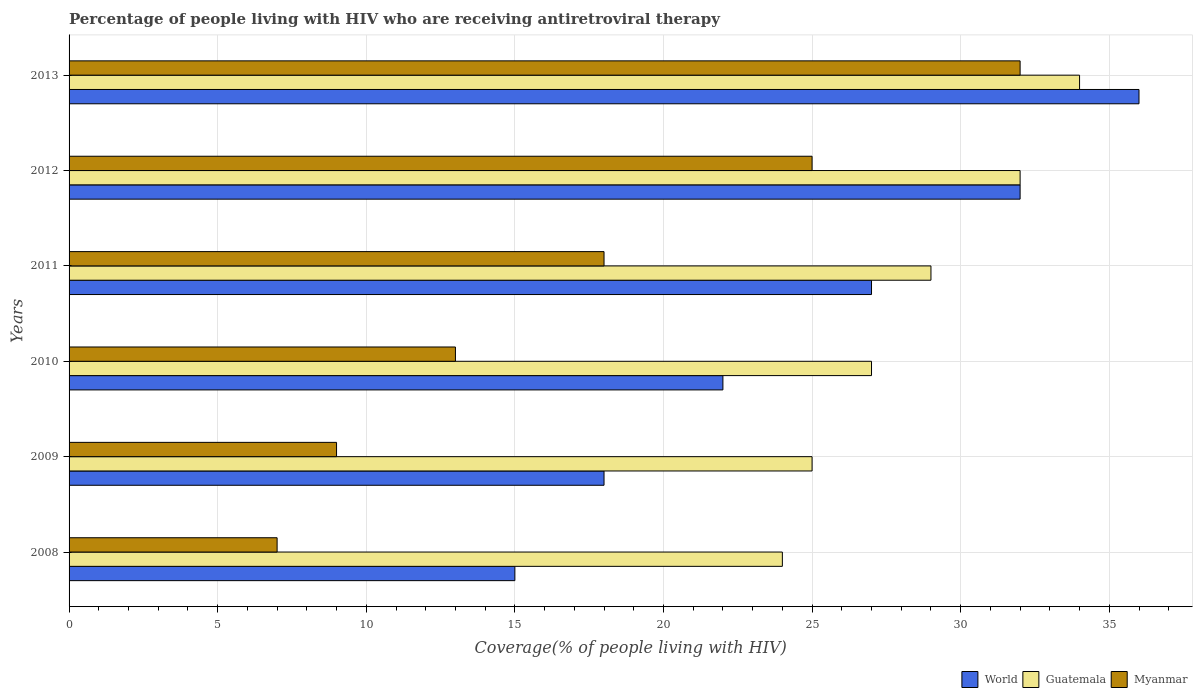
| Years | World | Guatemala | Myanmar |
 | --- | --- | --- | --- |
 | 2008 | 15 | 24 | 7 |
 | 2009 | 18 | 25 | 9 |
 | 2010 | 22 | 27 | 13 |
 | 2011 | 27 | 29 | 18 |
 | 2012 | 32 | 32 | 25 |
 | 2013 | 36 | 34 | 32 |